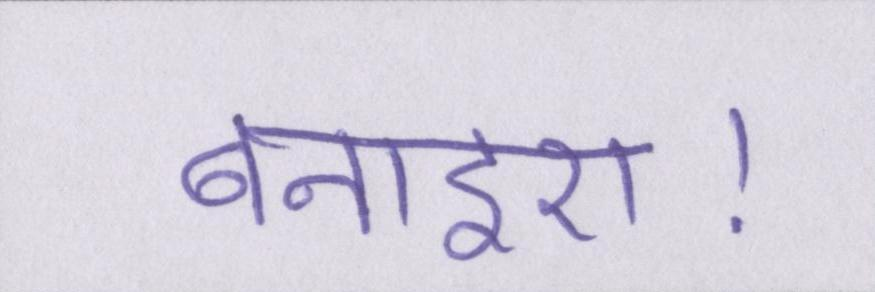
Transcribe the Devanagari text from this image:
बनाइए।